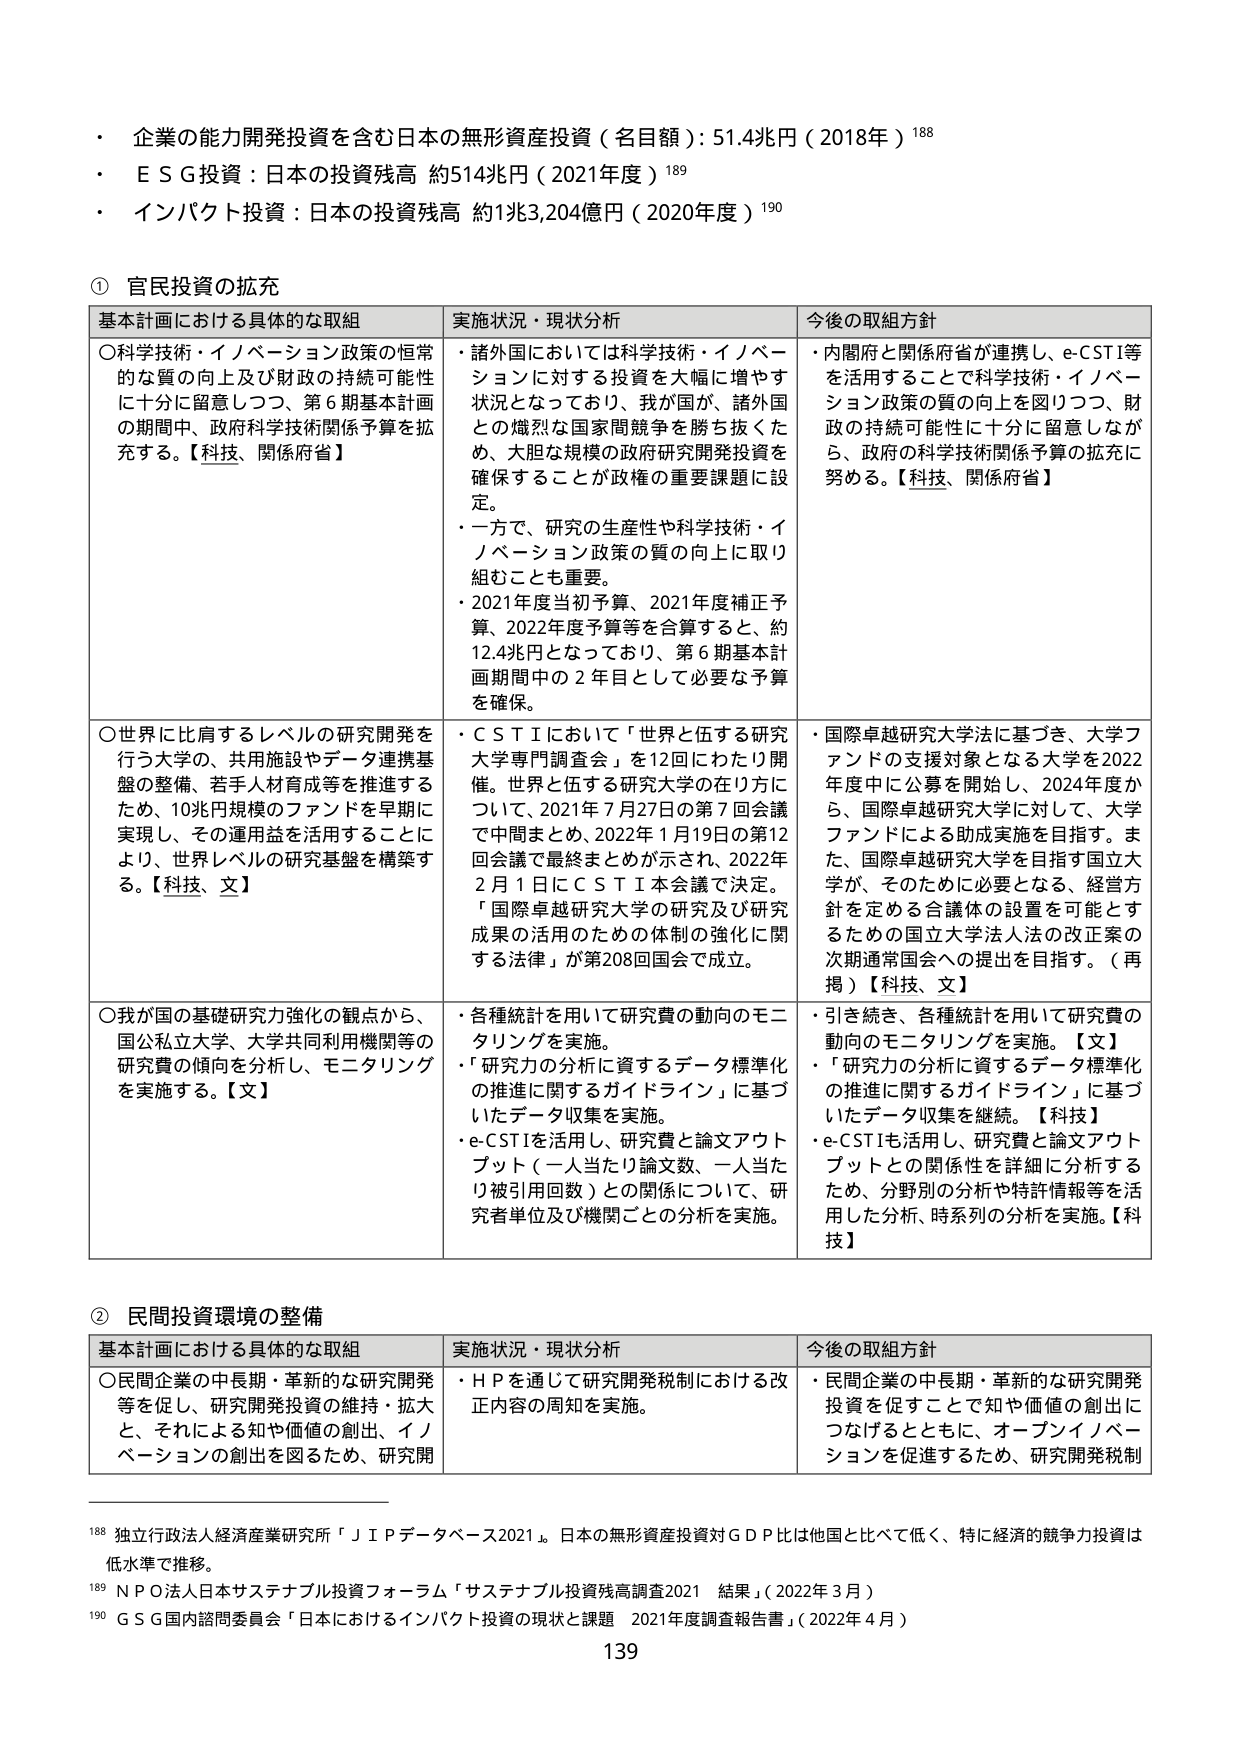
・企業の能力開発投資を含む日本の無形資産投資（名目額）：51.4兆円（2018年）¹⁸⁸
・ＥＳＧ投資：日本の投資残高 約514兆円（2021年度）¹⁸⁹
・インパクト投資：日本の投資残高 約1兆3,204億円（2020年度）¹⁹⁰

① 官民投資の拡充

基本計画における具体的な取組　　　　　　　実施状況・現状分析　　　　　　　　今後の取組方針

○科学技術・イノベーション政策の恒常的な質の向上及び財政の持続可能性に十分に留意しつつ、第6期基本計画の期間中、政府科学技術関係予算を拡充する。【科技、関係府省】
・諸外国においては科学技術・イノベーションに対する投資を大幅に増やす状況となっており、我が国が、諸外国との熾烈な国家間競争を勝ち抜くため、大胆な規模の政府研究開発投資を確保することが政権の重要課題に設定。
・一方で、研究の生産性や科学技術・イノベーション政策の質の向上に取り組むことも重要。
・2021年度当初予算、2021年度補正予算、2022年度予算等を合算すると、約12.4兆円となっており、第6期基本計画期間中の2年目として必要な予算を確保。
・内閣府と関係府省が連携し、e-CSTI等を活用することで科学技術・イノベーション政策の質の向上を図りつつ、財政の持続可能性に十分に留意しながら、政府の科学技術関係予算の拡充に努める。【科技、関係府省】

○世界に比肩するレベルの研究開発を行う大学の、共用施設やデータ連携基盤の整備、若手人材育成等を推進するため、10兆円規模のファンドを早期に実現し、その運用益を活用することにより、世界レベルの研究基盤を構築する。【科技、文】
・ＣＳＴＩにおいて「世界と伍する研究大学専門調査会」を12回にわたり開催。世界と伍する研究大学の在り方について、2021年7月27日の第7回会議で中間まとめ、2022年1月19日の第12回会議で最終まとめが示され、2022年2月1日にＣＳＴＩ本会議で決定。「国際卓越研究大学の研究及び研究成果の活用のための体制の強化に関する法律」が第208回国会で成立。
・国際卓越研究大学法に基づき、大学ファンドの支援対象となる大学を2022年度中に公募を開始し、2024年度から、国際卓越研究大学に対して、大学ファンドによる助成実施を目指す。また、国際卓越研究大学を目指す国立大学が、そのために必要となる、経営方針を定める合議体の設置を可能とするための国立大学法人法の改正案の次期通常国会への提出を目指す。（再掲）【科技、文】

○我が国の基礎研究力強化の観点から、国公私立大学、大学共同利用機関等の研究費の傾向を分析し、モニタリングを実施する。【文】
・各種統計を用いて研究費の動向のモニタリングを実施。
・「研究力の分析に資するデータ標準化の推進に関するガイドライン」に基づいたデータ収集を実施。
・e-CSTIを活用し、研究費と論文アウトプット（一人当たり論文数、一人当たり被引用回数）との関係について、研究者単位及び機関ごとの分析を実施。
・引き続き、各種統計を用いて研究費の動向のモニタリングを実施。【文】
・「研究力の分析に資するデータ標準化の推進に関するガイドライン」に基づいたデータ収集を継続。【科技】
・e-CSTIも活用し、研究費と論文アウトプットとの関係性を詳細に分析するため、分野別の分析や特許情報等を活用した分析、時系列の分析を実施。【科技】

② 民間投資環境の整備

基本計画における具体的な取組　　　　　　　実施状況・現状分析　　　　　　　　今後の取組方針

○民間企業の中長期・革新的な研究開発等を促し、研究開発投資の維持・拡大と、それによる知や価値の創出、イノベーションの創出を図るため、研究開
・ＨＰを通じて研究開発税制における改正内容の周知を実施。
・民間企業の中長期・革新的な研究開発投資を促すことで知や価値の創出につなげるとともに、オープンイノベーションを促進するため、研究開発税制

¹⁸⁸ 独立行政法人経済産業研究所「ＪＩＰデータベース2021」。日本の無形資産投資対ＧＤＰ比は他国と比べて低く、特に経済的競争力投資は低水準で推移。
¹⁸⁹ ＮＰＯ法人日本サステナブル投資フォーラム「サステナブル投資残高調査2021 結果」（2022年3月）
¹⁹⁰ ＧＳＧ国内諮問委員会「日本におけるインパクト投資の現状と課題 2021年度調査報告書」（2022年4月）

139